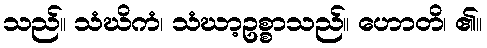
သည်။ သံဃိကံ၊ သံဃာ့ဥစ္စာသည်။ ဟောတိ၊ ၏။